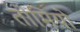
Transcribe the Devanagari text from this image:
तोमियो